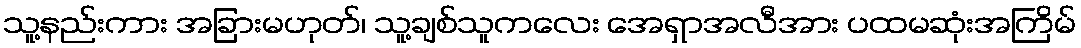
သူ့နည်းကား အခြားမဟုတ်၊ သူ့ချစ်သူကလေး အေရှာအလီအား ပထမဆုံးအကြိမ်